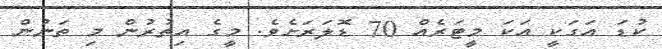
ކުޑަ އަގަކީ އަކަ މީޓަރެއް 70 ޑޮލަރަށެވެ. މީގެ އިތުރުން މި ތަނުން